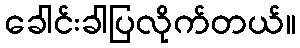
ခေါင်းခါပြလိုက်တယ်။